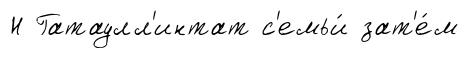
Н Гатаулл'интат с'емьи́ зат'е́м